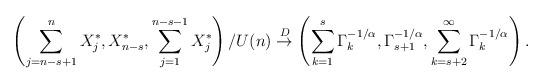
LaTeX: \begin{align*}\left( \sum_{j=n-s+1}^{n}X_{j}^{\ast },X_{n-s}^{\ast},\sum_{j=1}^{n-s-1}X_{j}^{\ast }\right) /U(n)\overset{D}{\rightarrow }\left( \sum_{k=1}^{s}\Gamma _{k}^{-1/\alpha },\Gamma _{s+1}^{-1/\alpha},\sum_{k=s+2}^{\infty }\Gamma _{k}^{-1/\alpha }\right) . \end{align*}